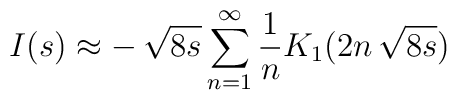
I(s) \approx -\,\sqrt{8s} \sum_{n=1}^{\infty} {1 \over n} K_1(2n\,\sqrt{8s})